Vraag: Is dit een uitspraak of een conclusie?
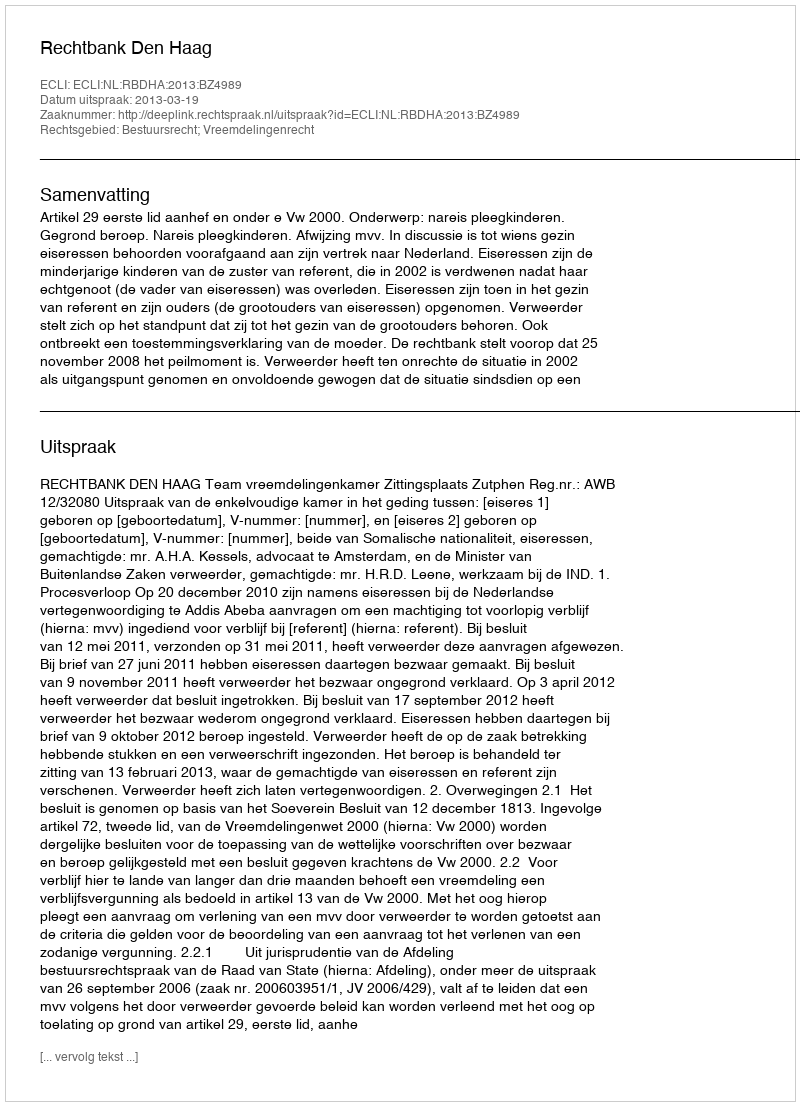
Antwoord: Uitspraak